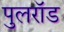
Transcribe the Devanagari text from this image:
पुलरॉड